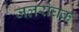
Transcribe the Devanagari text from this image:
जलरोघक